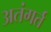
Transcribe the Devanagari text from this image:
अतंगर्त